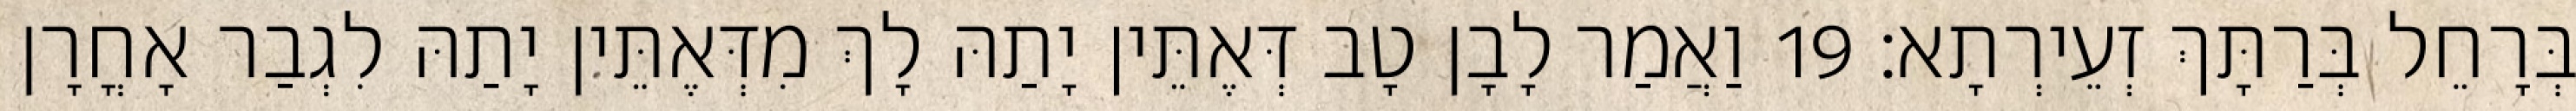
בְּרָחֵל בְּרַתָּךְ זְעֵירְתָא׃ 19 וַאֲמַר לָבָן טָב דְּאֶתֵּין יָתַהּ לָךְ מִדְּאֶתֵּין יָתַהּ לִגְבַר אָחֳרָן